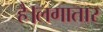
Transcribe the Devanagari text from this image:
है।लगातार